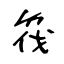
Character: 筏